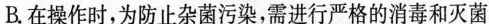
B.在操作时，为防止杂菌污染，需进行严格的消毒和灭菌